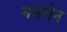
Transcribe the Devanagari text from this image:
नयसेन